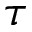
\tau